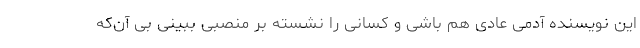
این نویسنده آدمی عادی هم باشی و کسانی را نشسته بر منصبی ببینی بی آن‌که